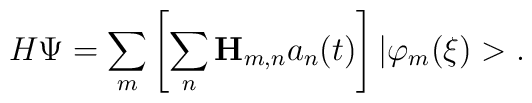
H\Psi =\sum_m\left[ \sum_n{\bf H}_{m,n}a_n(t)\right] |\varphi_m(\xi )>.